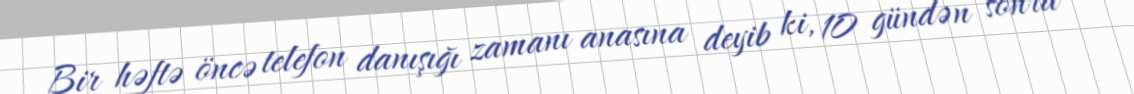
Bir həftə öncə telefon danışığı zamanı anasına deyib ki, 10 gündən sonra